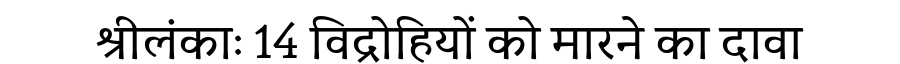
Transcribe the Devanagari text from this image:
श्रीलंकाः 14 विद्रोहियों को मारने का दावा